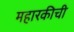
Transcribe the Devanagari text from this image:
महारकीची